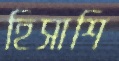
হিসাশি